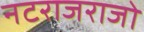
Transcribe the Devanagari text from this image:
नटराजराजो